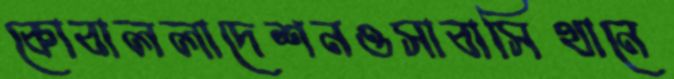
কোবাললাদেশনওসাবাসিথানে